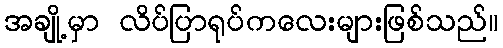
အချို့မှာ လိပ်ပြာရုပ်ကလေးများဖြစ်သည်။